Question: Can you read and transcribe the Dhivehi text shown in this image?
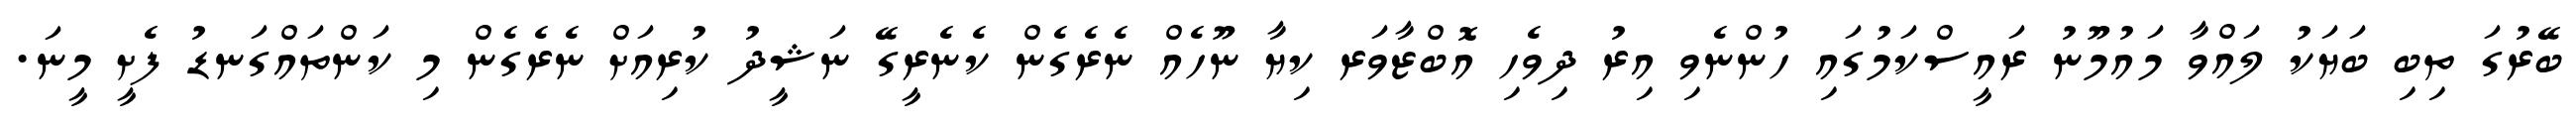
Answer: ބޭރުގަ ތިބި ބަޔަކު ލައްވާ މައުމޫނު ރައީސްކަމުގައި ހުންނެވި އިރު ދިވެހި އޮބްޒާވަރ ކިޔާ ނޫހެއް ނެރެގެން ކެނެރީގޭ ނަޝީދު ކުރިއަށް ނެރެގެން މި ކަންތައްގަނޑު ފެށީ މީނަ.